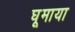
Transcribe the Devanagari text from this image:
घूमाया